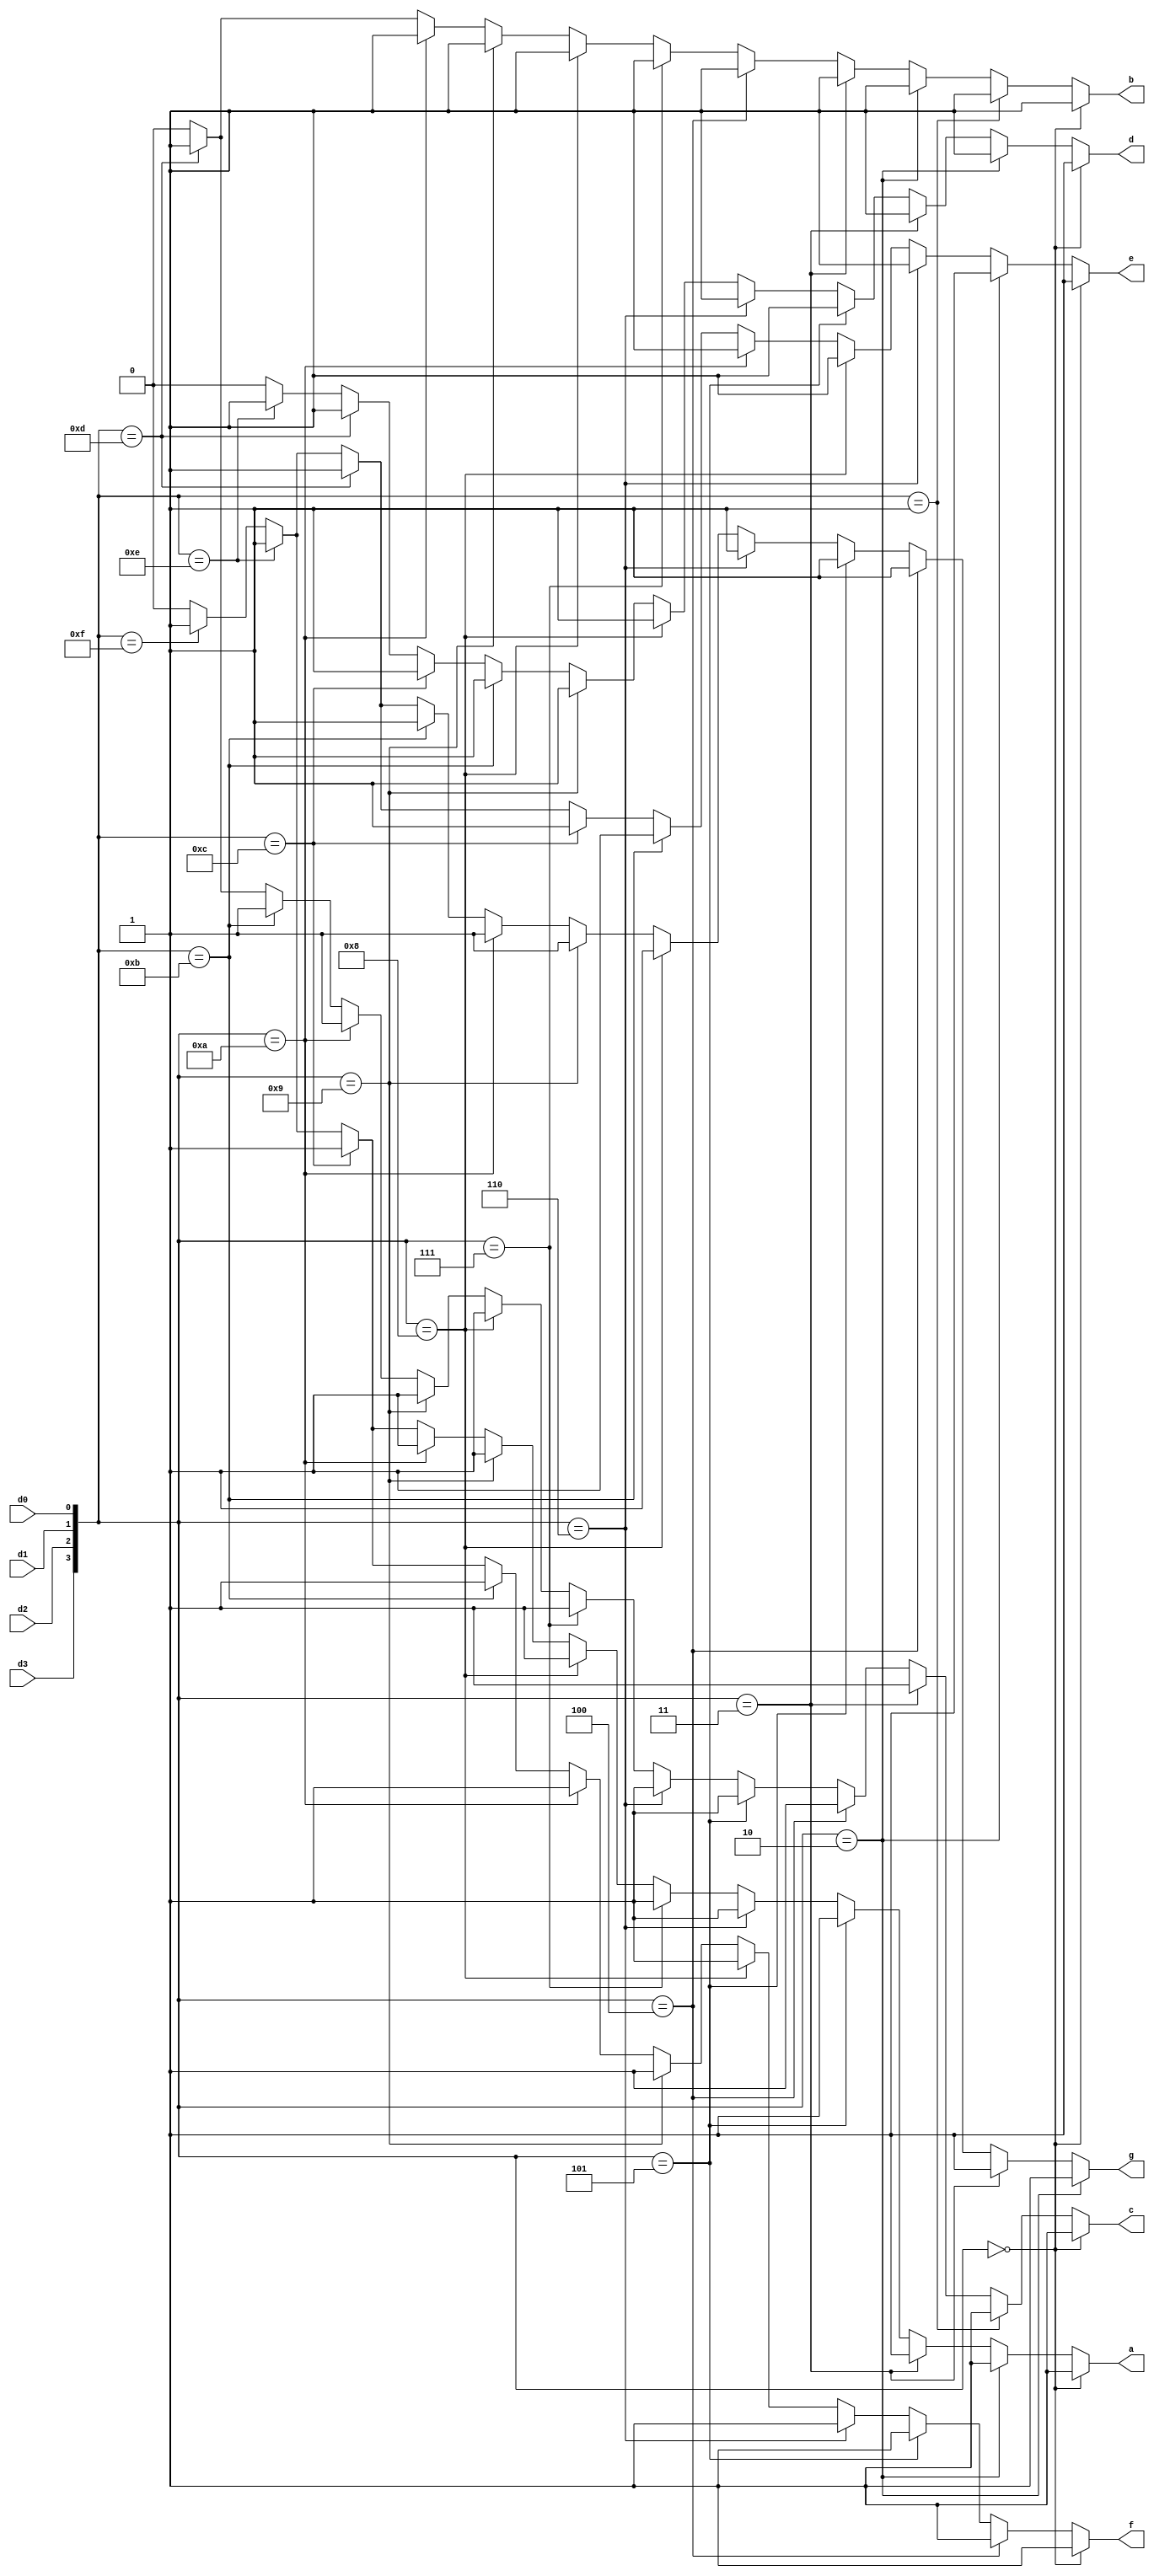
//  Version      : 1
//  Description  : This file models the functional behavior of an seven
//					segment display

module sevensegdecoder(d3, d2, d1, d0, a, b, c, d, e, f, g);
   input d3, d2, d1, d0;
   output a, b, c, d, e, f, g;
   reg [3:0] inbit;

// 
//  I N S E R T   Y O U R   C O D E   H E R E
  always @(*) begin
  		inbit = {d3, d2, d1, d0};
  end

    assign a = (inbit == 4'b0000) ? 1'b1 : // if equal to 0
    				(inbit == 4'b0010) ? 1'b1 : // if equal to 2
    				(inbit == 4'b0011) ? 1'b1 : // if equal to 3
    				(inbit == 4'b0101) ? 1'b1 : // if equal to 5
    				(inbit == 4'b0110) ? 1'b1 : // if equal to 6
    				(inbit == 4'b0111) ? 1'b1 : // if equal to 7
    				(inbit == 4'b1000) ? 1'b1 : // if equal to 8
    				(inbit == 4'b1001) ? 1'b1 : // if equal to 9
    				(inbit == 4'b1010) ? 1'b1 : // if equal to A
    				(inbit == 4'b1100) ? 1'b1 : // if equal to C
    				(inbit == 4'b1110) ? 1'b1 : // if equal to E
    				(inbit == 4'b1111) ? 1'b1 : 1'b0;  // if equal to F else, set to 1

    assign b = (inbit == 4'b0000) ? 1'b1 : // if equal to 0
    				(inbit == 4'b0001) ? 1'b1 : // if equal to 1
    				(inbit == 4'b0010) ? 1'b1 : // if equal to 2
    				(inbit == 4'b0011) ? 1'b1 : // if equal to 3
    				(inbit == 4'b0100) ? 1'b1 : // if equal to 4
    				(inbit == 4'b0111) ? 1'b1 : // if equal to 7
    				(inbit == 4'b1000) ? 1'b1 : // if equal to 8
    				(inbit == 4'b1001) ? 1'b1 : // if equal to 9
    				(inbit == 4'b1010) ? 1'b1 : // if equal to A
    				(inbit == 4'b1101) ? 1'b1 : 1'b0; // if equal to D else, set to 1

   	assign c = (inbit == 4'b0000) ? 1'b1 : // if equal to 0
   					(inbit == 4'b0001) ? 1'b1 : // if equal to 1
   					(inbit == 4'b0011) ? 1'b1 : // if equal to 3
   					(inbit == 4'b0100) ? 1'b1 : // if equal to 4
   					(inbit == 4'b0101) ? 1'b1 : // if equal to 5
   					(inbit == 4'b0110) ? 1'b1 : // if equal to 6
   					(inbit == 4'b0111) ? 1'b1 : // if equal to 7
   					(inbit == 4'b1000) ? 1'b1 : // if equal to 8
   					(inbit == 4'b1001) ? 1'b1 : // if equal to 9
   					(inbit == 4'b1010) ? 1'b1 : // if equal to A
   					(inbit == 4'b1011) ? 1'b1 : // if equal to B
   					(inbit == 4'b1101) ? 1'b1 : 1'b0; // if equal to D else, set to 1

   	assign d = (inbit == 4'b0000) ? 1'b1 : // if equal to 0
   					(inbit == 4'b0010) ? 1'b1 : // if equal to 2
   					(inbit == 4'b0011) ? 1'b1 : // if equal to 3
   					(inbit == 4'b0101) ? 1'b1 : // if equal to 5
   					(inbit == 4'b0110) ? 1'b1 : // if equal to 6
   					(inbit == 4'b1000) ? 1'b1 : // if equal to 8
   					(inbit == 4'b1001) ? 1'b1 : // if equal to 9
   					(inbit == 4'b1011) ? 1'b1 : // if equal to B
   					(inbit == 4'b1100) ? 1'b1 : // if equal to C
   					(inbit == 4'b1101) ? 1'b1 : // if equal to D
   					(inbit == 4'b1110) ? 1'b1 : 1'b0; // if equal to E else, set to 1
   

   	assign e = (inbit == 4'b0000) ? 1'b1 : // if equal to 0
   					(inbit == 4'b0010) ? 1'b1 : // if equal to 2
   					(inbit == 4'b0110) ? 1'b1 : // if equal to 6
   					(inbit == 4'b1000) ? 1'b1 : // if equal to 8
   					(inbit == 4'b1010) ? 1'b1 : // if equal to A
   					(inbit == 4'b1011) ? 1'b1 : // if equal to B
   					(inbit == 4'b1100) ? 1'b1 : // if equal to C
   					(inbit == 4'b1101) ? 1'b1 : // if equal to D
   					(inbit == 4'b1110) ? 1'b1 : // if equal to E
   					(inbit == 4'b1111) ? 1'b1 : 1'b0; // if equal to F else, set to 1

   					

   	assign f = (inbit == 4'b0000) ? 1'b1 : // if equal to 0
   					(inbit == 4'b0100) ? 1'b1 : // if equal to 4
   					(inbit == 4'b0101) ? 1'b1 : // if equal to 5
   					(inbit == 4'b0110) ? 1'b1 : // if equal to 6
   					(inbit == 4'b1000) ? 1'b1 : // if equal to 8
   					(inbit == 4'b1001) ? 1'b1 : // if equal to 9
   					(inbit == 4'b1010) ? 1'b1 : // if equal to A
   					(inbit == 4'b1011) ? 1'b1 : // if equal to B
   					(inbit == 4'b1100) ? 1'b1 : // if equal to C
   					(inbit == 4'b1110) ? 1'b1 : // if equal to E
   					(inbit == 4'b1111) ? 1'b1 : 1'b0; // if equal to F else, set to 1

   	assign g = (inbit == 4'b0010) ? 1'b1 : // if equal to 2
   					(inbit == 4'b0011) ? 1'b1 : // if equal to 3
   					(inbit == 4'b0100) ? 1'b1 : // if equal to 4
   					(inbit == 4'b0101) ? 1'b1 : // if equal to 5
   					(inbit == 4'b0110) ? 1'b1 : // if equal to 6
   					(inbit == 4'b1000) ? 1'b1 : // if equal to 8
   					(inbit == 4'b1001) ? 1'b1 : // if equal to 9
   					(inbit == 4'b1010) ? 1'b1 : // if equal to A
   					(inbit == 4'b1011) ? 1'b1 : // if equal to B
   					(inbit == 4'b1101) ? 1'b1 : // if equal to D
   					(inbit == 4'b1110) ? 1'b1 : // if equal to E
   					(inbit == 4'b1111) ? 1'b1 : 1'b0; // if equal to F else, set to 1

//  E N D   I N S E R T

endmodule